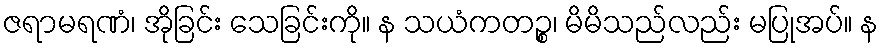
ဇရာမရဏံ၊ အိုခြင်း သေခြင်းကို။ န သယံကတဉ္စ၊ မိမိသည်လည်း မပြုအပ်။ န